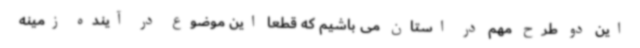
این دو طرح مهم در استان می باشیم که قطعا این موضوع در آینده زمینه